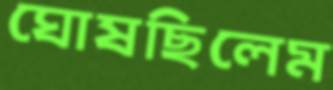
ঘোষছিলেম